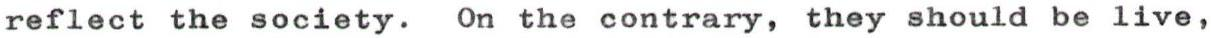
reflect the society. On the contrary, they should be live,